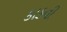
કાકવી